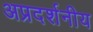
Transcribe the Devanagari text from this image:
अप्रदर्शनीय